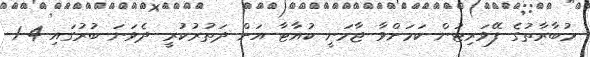
މުބާރާތުގެ ފޭވަރިޓުން ކަމަށްވާ ޖާމަނީ ކުއާޓާ އަށް ދަތުރުކުރީ ދެވަނަ ބުރުގައި 4-1